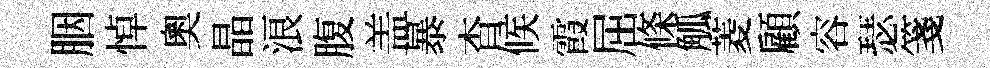
胭悼奧晶浪腹盖暴杳候霞屈條觚菱顧容瑟箋